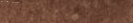
خدمة صيانة جميع الأجهزة ا